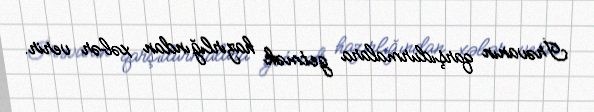
İrəvanın qarşıdurmalara getmək hazırlığından xəbər verir.